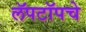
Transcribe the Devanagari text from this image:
लॅपटॉपचे